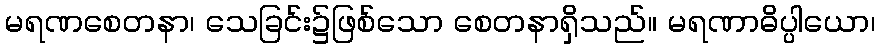
မရဏစေတနာ၊ သေခြင်း၌ဖြစ်သော စေတနာရှိသည်။ မရဏာဓိပ္ပါယော၊